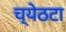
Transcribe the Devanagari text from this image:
च्येठटा